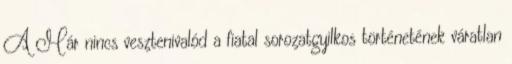
A Már nincs vesztenivalód a fiatal sorozatgyilkos történetének váratlan